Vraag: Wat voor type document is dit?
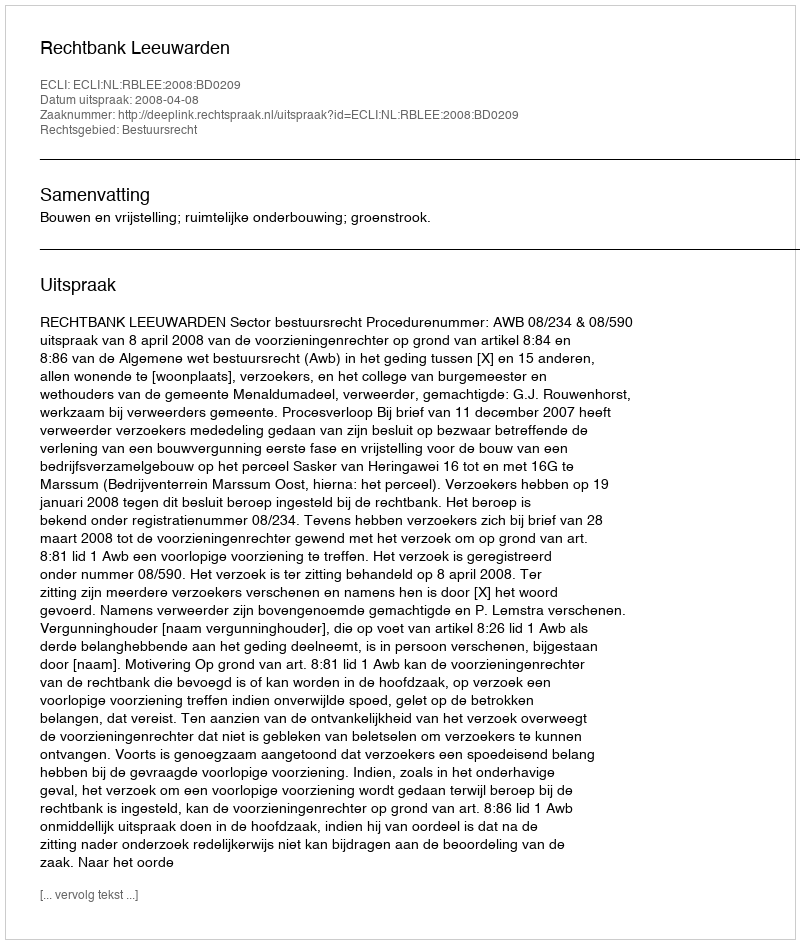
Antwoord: Uitspraak